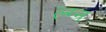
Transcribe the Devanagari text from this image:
ल्ग्न